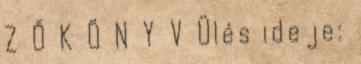
Z Ő K Ö N Y V Ülés ideje: